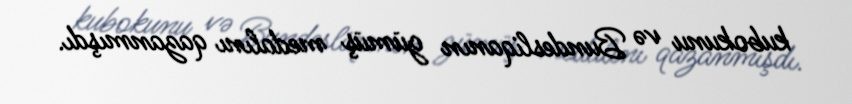
kubokunu və Bundesliqanın gümüş medalını qazanmışdı.